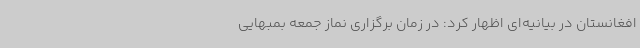
افغانستان در بیانیه‌ای اظهار کرد: در زمان برگزاری نماز جمعه بمبهایی